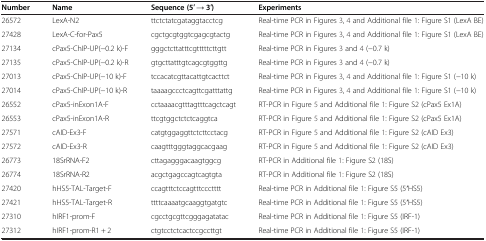
<table><thead><tr><td><b>Number</b></td><td><b>Name</b></td><td><b>Sequence (5′ → 3′)</b></td><td><b>Experiments</b></td></tr></thead><tbody><tr><td>26572</td><td>LexA-N2</td><td>ttctctatcgataggtacctcg</td><td>Real-time PCR in Figures 3, 4 and Additional file 1: Figure S1 (LexA BE)</td></tr><tr><td>27428</td><td>LexA-C-for-Pax5</td><td>cgctgcgtggtcgagcgtactg</td><td>Real-time PCR in Figures 3, 4 and Additional file 1: Figure S1 (LexA BE)</td></tr><tr><td>27134</td><td>cPax5-ChIP-UP(−0.2 k)-F</td><td>gggctcttatttcgtttttcttgtt</td><td>Real-time PCR in Figures 3 and 4 (−0.7 k)</td></tr><tr><td>27135</td><td>cPax5-ChIP-UP(−0.2 k)-R</td><td>gtgcttatttgtcagcgtggttg</td><td>Real-time PCR in Figures 3 and 4 (−0.7 k)</td></tr><tr><td>27013</td><td>cPax5-ChIP-UP(−10 k)-F</td><td>tccacatcgttacattgtcacttct</td><td>Real-time PCR in Figures 3, 4 and Additional file 1: Figure S1 (−10 k)</td></tr><tr><td>27014</td><td>cPax5-ChIP-UP(−10 k)-R</td><td>taaaagccctcagttcgatttattg</td><td>Real-time PCR in Figures 3, 4 and Additional file 1: Figure S1 (−10 k)</td></tr><tr><td>26552</td><td>cPax5-inExon1A-F</td><td>cctaaaacgtttagtttcagctcagt</td><td>RT-PCR in Figure 5 and Additional file 1: Figure S2 (cPax5 Ex1A)</td></tr><tr><td>26553</td><td>cPax5-inExon1A-R</td><td>ttcgtggctctctcaggtca</td><td>RT-PCR in Figure 5 and Additional file 1: Figure S2 (cPax5 Ex1A)</td></tr><tr><td>27571</td><td>cAID-Ex3-F</td><td>catgtggaggttctcttcctacg</td><td>RT-PCR in Figure 5 and Additional file 1: Figure S2 (cAID Ex3)</td></tr><tr><td>27572</td><td>cAID-Ex3-R</td><td>caagtttgggtaggcacgaag</td><td>RT-PCR in Figure 5 and Additional file 1: Figure S2 (cAID Ex3)</td></tr><tr><td>26773</td><td>18SrRNA-F2</td><td>cttagagggacaagtggcg</td><td>RT-PCR in Additional file 1: Figure S2 (18S)</td></tr><tr><td>26774</td><td>18SrRNA-R2</td><td>acgctgagccagtcagtgta</td><td>RT-PCR in Additional file 1: Figure S2 (18S)</td></tr><tr><td>27420</td><td>hHS5-TAL-Target-F</td><td>ccagtttctccagtttccctttt</td><td>Real-time PCR in Additional file 1: Figure S5 (5′HS5)</td></tr><tr><td>27421</td><td>hHS5-TAL-Target-R</td><td>ttttcaaaatgcaaggtgatgtc</td><td>Real-time PCR in Additional file 1: Figure S5 (5′HS5)</td></tr><tr><td>27310</td><td>hIRF1-prom-F</td><td>cgcctgcgttcgggagatatac</td><td>Real-time PCR in Additional file 1: Figure S5 (IRF-1)</td></tr><tr><td>27312</td><td>hIRF1-prom-R1 + 2</td><td>ctgtcctctcactccgccttgt</td><td>Real-time PCR in Additional file 1: Figure S5 (IRF-1)</td></tr></tbody></table>